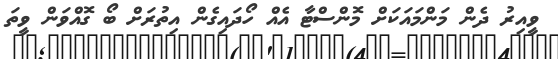
ވީއިރު ދެން މަންމައަކަށް މޮންސްޓާ އެއް ހޯދައިގެން އިތުރަށް ބޯ ގޮއްވަން ވީތަ